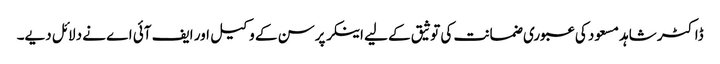
ڈاکٹر شاہد مسعود کی عبوری ضمانت کی توثیق کے لیے اینکر پرسن کے وکیل اور ایف آئی اے نے دلائل دیے۔